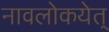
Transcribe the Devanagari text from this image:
नावलोकयेत्